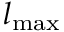
l _ { \mathrm { m a x } }